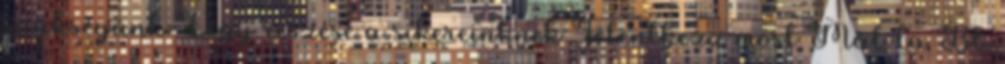
szükségünk Légy részese a sikereinknek Jelentkezz most Mál-ta Bt.